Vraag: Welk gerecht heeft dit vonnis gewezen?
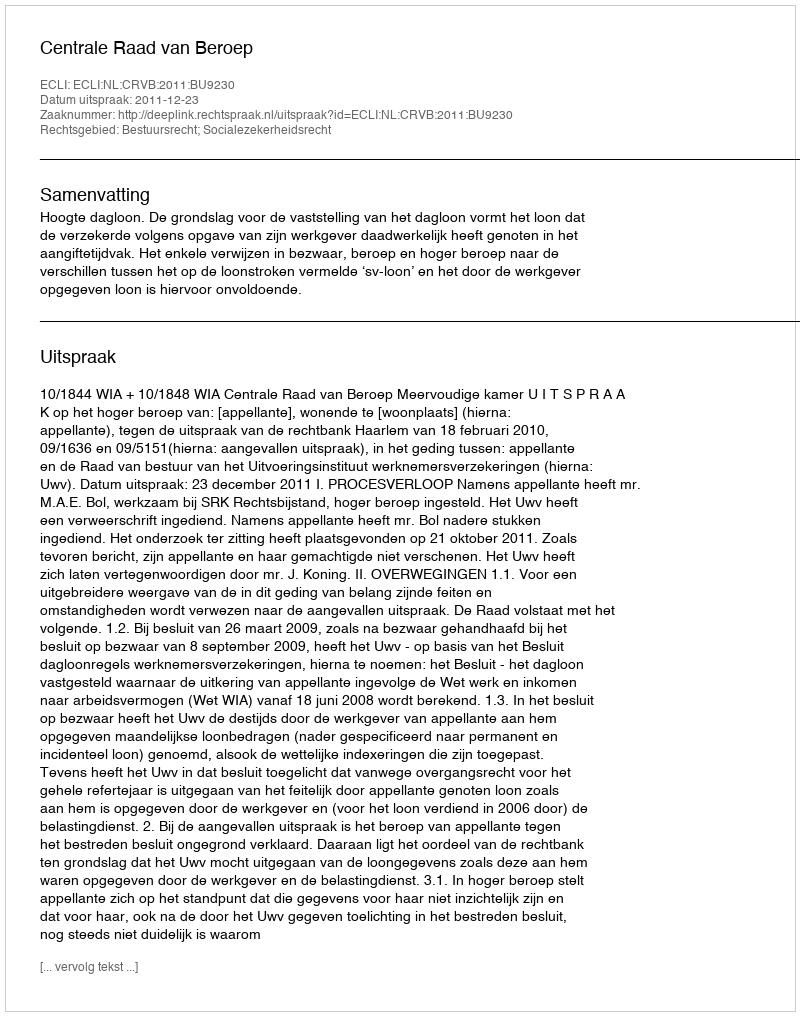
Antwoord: Centrale Raad van Beroep